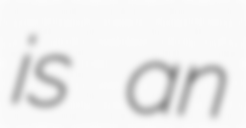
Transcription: is an